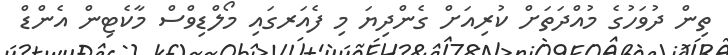
ތިން ދުވަހުގެ މުއްދަތަށް ކުރިއަށް ގެންދިޔަ މި ފެއަރގައި މޯލްޑިވްސް މާކެޓިން އެންޑް